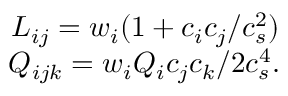
\begin{array} { r } { L _ { i j } = w _ { i } ( 1 + c _ { i } c _ { j } / c _ { s } ^ { 2 } ) } \\ { Q _ { i j k } = w _ { i } Q _ { i } c _ { j } c _ { k } / 2 c _ { s } ^ { 4 } . } \end{array}